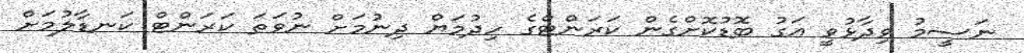
ނަސީމު ވިދާޅުވީ އަގު ބޮޑުކޮށްގެން ކަރަންޓްގެ ހިދުމަޔް ދިނުމަށް ނުވަތަ ކަރަންޓް ކަނޑާލުމަށް